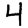
Digit: 4